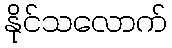
နိုင်သလောက်